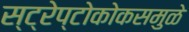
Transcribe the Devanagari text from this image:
स्ट्रेप्टोकोकसमुळे